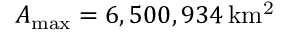
\ensuremath { A _ { \mathrm { m a x } } } = 6 , 5 0 0 , 9 3 4 \, \ensuremath { \mathrm { k m ^ { 2 } } }